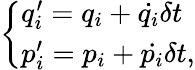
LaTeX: \left\{ \begin{array}{ll}{q_{i}^{\prime}=q_{i}+{\dot{q_{i}}}\delta t}\\ {p_{i}^{\prime}=p_{i}+{\dot{p_{i}}}\delta t,}\end{array}\right.